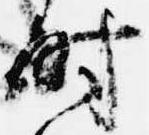
時